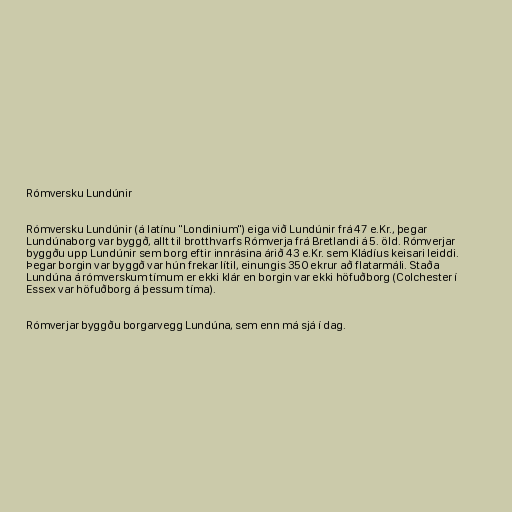
Rómversku Lundúnir

Rómversku Lundúnir (á latínu "Londinium") eiga við Lundúnir frá 47 e.Kr., þegar
Lundúnaborg var byggð, allt til brotthvarfs Rómverja frá Bretlandi á 5. öld. Rómverjar
byggðu upp Lundúnir sem borg eftir innrásina árið 43 e.Kr. sem Kládíus keisari leiddi.
Þegar borgin var byggð var hún frekar lítil, einungis 350 ekrur að flatarmáli. Staða
Lundúna á rómverskum tímum er ekki klár en borgin var ekki höfuðborg (Colchester í
Essex var höfuðborg á þessum tíma).

Rómverjar byggðu borgarvegg Lundúna, sem enn má sjá í dag.